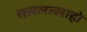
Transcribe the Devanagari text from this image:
सललल्लाहो